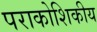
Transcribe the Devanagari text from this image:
पराकोशिकीय